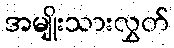
အမျိုးသားလွှတ်